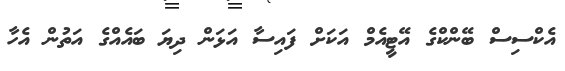
އެކްސިސް ބޭންކްގެ އޭޓީއެމް އަކަށް ފައިސާ އަޅަން ދިޔަ ބައެއްގެ އަތުން އެހާ